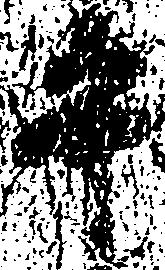
平